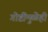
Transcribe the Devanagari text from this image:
गोष्टींमुळेही